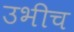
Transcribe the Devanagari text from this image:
उभीच